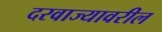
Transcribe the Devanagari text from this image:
दरवाज्यावरील